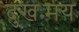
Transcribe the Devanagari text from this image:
दुखःमय